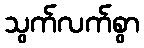
သွက်လက်စွာ